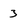
Character: 3